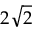
2 \sqrt { 2 }